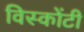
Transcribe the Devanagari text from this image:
विस्कोंटी